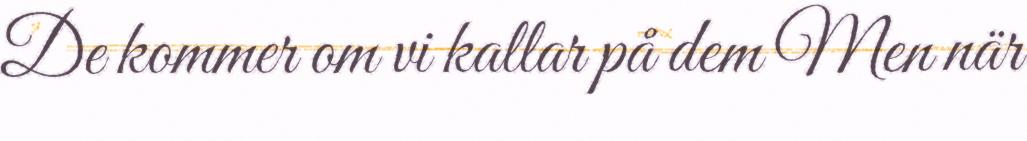
De kommer om vi kallar på dem Men när